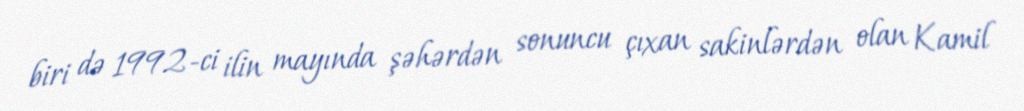
biri də 1992-ci ilin mayında şəhərdən sonuncu çıxan sakinlərdən olan Kamil